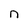
Character: n